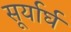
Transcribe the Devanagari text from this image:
सूर्यार्घ